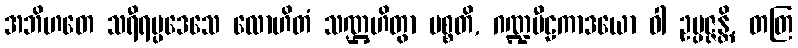
အဘိဟတေ သရီရပ္ပဒေသေ လောဟိတံ သဏ္ဌဟိတွာ ပစ္စတိ, ဂဏ္ဍပီဠကာဒယော ဝါ ဥပ္ပဇ္ဇန္တိ, တတြ